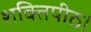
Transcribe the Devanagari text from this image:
शक्तिपीठ।